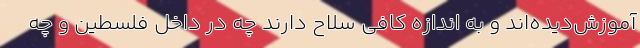
آموزش‌دیده‌اند و به اندازه کافی سلاح دارند چه در داخل فلسطین و چه